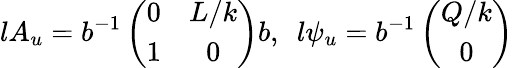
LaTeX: lA_{u}=b^{-1}\left(\begin{array}{cc}{{0}}&{{L/k}}\\ {{1}}&{{0}}\end{array}\right)b,\ \ l\psi_{u}=b^{-1}\left(\begin{array}{c}{{Q/k}}\\ {{0}}\end{array}\right)